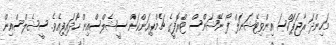
މަހިންދަ ރާޖަޕަކްސަ އިންވިޓޭޝަނަލް ފޯ ނޭޝަންސް ޓްރޮފީގެ ޗެމްޕިއަންކަން ސީޝެލްސްއިން ހޯދައިފިއެވެ. ސީޝެލްސްއިން